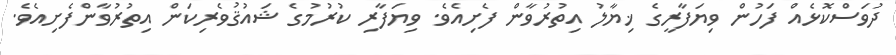
ދުވަސްކޮޅެއް ފަހުން ވިޔަފާރީގެ ޚިޔާލު އިތުރުވާން ފެށިއެވެ. ވިޔަފާރި ކުރުމުގެ ޝައުޤުވެރިކަން އިތުރުވާންފެށިއެވެ.